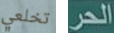
تخلعي الحر